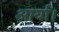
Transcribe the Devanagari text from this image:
आर्या।